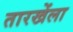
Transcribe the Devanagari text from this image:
तारखेंला